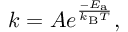
k = A e ^ { \frac { - E _ { \mathrm { { a } } } } { k _ { \mathrm { { B } } } T } } ,